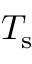
T _ { \mathrm { s } }